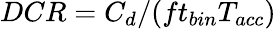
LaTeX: DCR=C_{d}/(ft_{bin}T_{acc})